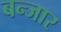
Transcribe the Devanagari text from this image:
बन्जार